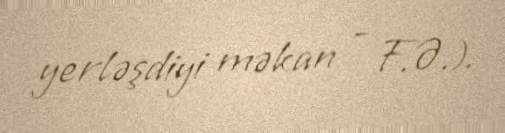
yerləşdiyi məkan - F.Ə.).